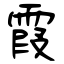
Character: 霞